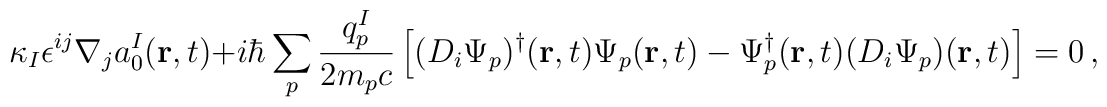
\kappa_I\epsilon^{ij}\nabla_j a^I_0({\bf r},t)+i\hbar\sum_p\frac{q_p^I}{2m_pc}  \left[(D_i\Psi_p)^\dagger({\bf r},t)\Psi_p({\bf r},t)  -\Psi_p^\dagger({\bf r},t)(D_i\Psi_p)({\bf r},t)\right]=0\,,